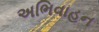
અભિવાહન